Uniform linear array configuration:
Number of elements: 48
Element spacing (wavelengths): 1
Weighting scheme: hann
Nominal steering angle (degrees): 15
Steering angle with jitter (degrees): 13.778
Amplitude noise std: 0.05
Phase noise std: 0.05

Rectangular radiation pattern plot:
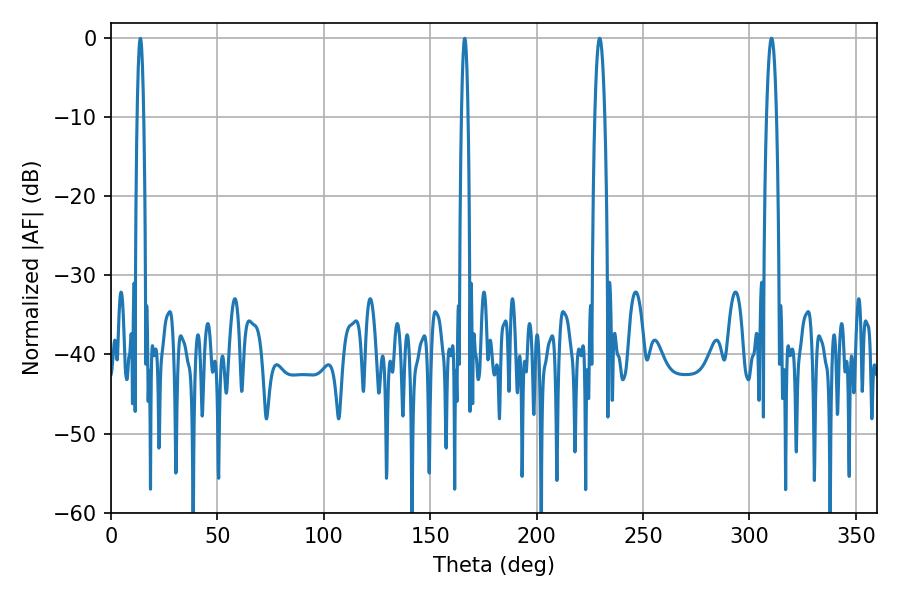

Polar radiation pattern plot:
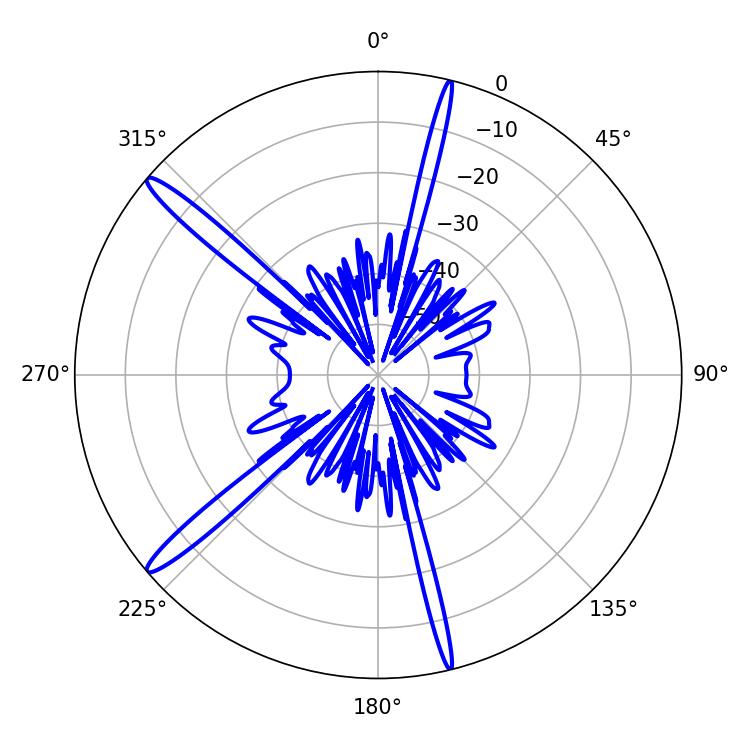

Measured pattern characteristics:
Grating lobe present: TRUE
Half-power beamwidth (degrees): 2.52
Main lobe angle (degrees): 310.32